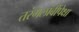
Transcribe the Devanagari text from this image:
तरंगलांबींपेक्षा